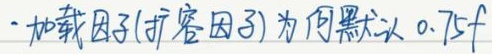
- 加载因子(扩容因子)为何默认 $0.75f$